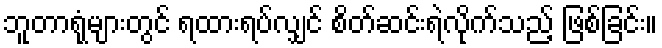
ဘူတာရုံများတွင် ရထားရပ်လျှင် စိတ်ဆင်းရဲလိုက်သည့် ဖြစ်ခြင်း။